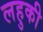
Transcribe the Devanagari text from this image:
लहुकी